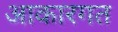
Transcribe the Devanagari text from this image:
आकारगत